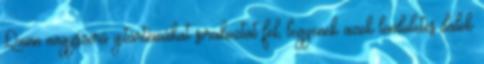
Quinn nagyszerű gitártémákat sorakoztat fel, legyenek azok lendületes dalok